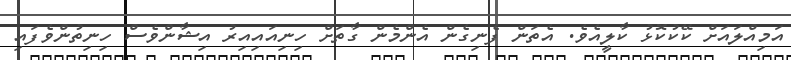
އަމިއްލައަށް ކޭކުކޮޅު ކާލީއެވެ. އެތަން ފެނިގެން އެންމެން ގާތަށް ހިނިއައިއިރު އިޝާންވެސް ހިނިތުންވެފައި